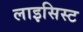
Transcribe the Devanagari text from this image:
लाइसिस्ट